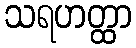
သရဟတ္ထာ